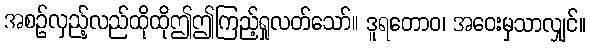
အစဉ်လှည့်လည်ထိုထိုဤဤကြည့်ရှုလတ်သော်။ ဒူရတောဝ၊ အဝေးမှသာလျှင်။